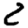
Digit: 2